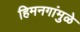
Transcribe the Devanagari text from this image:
हिमनगांमुळे